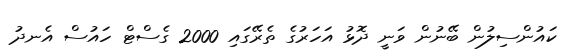
ކައުންސިލުން ބޭނުން ވަނީ ދޮޅު އަހަރުގެ ތެރޭގައި 2000 ގެސްޓް ހައުސް އެނދު